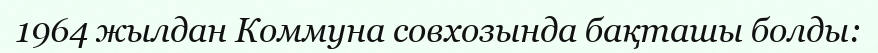
1964 жылдан Коммуна совхозында бақташы болды: